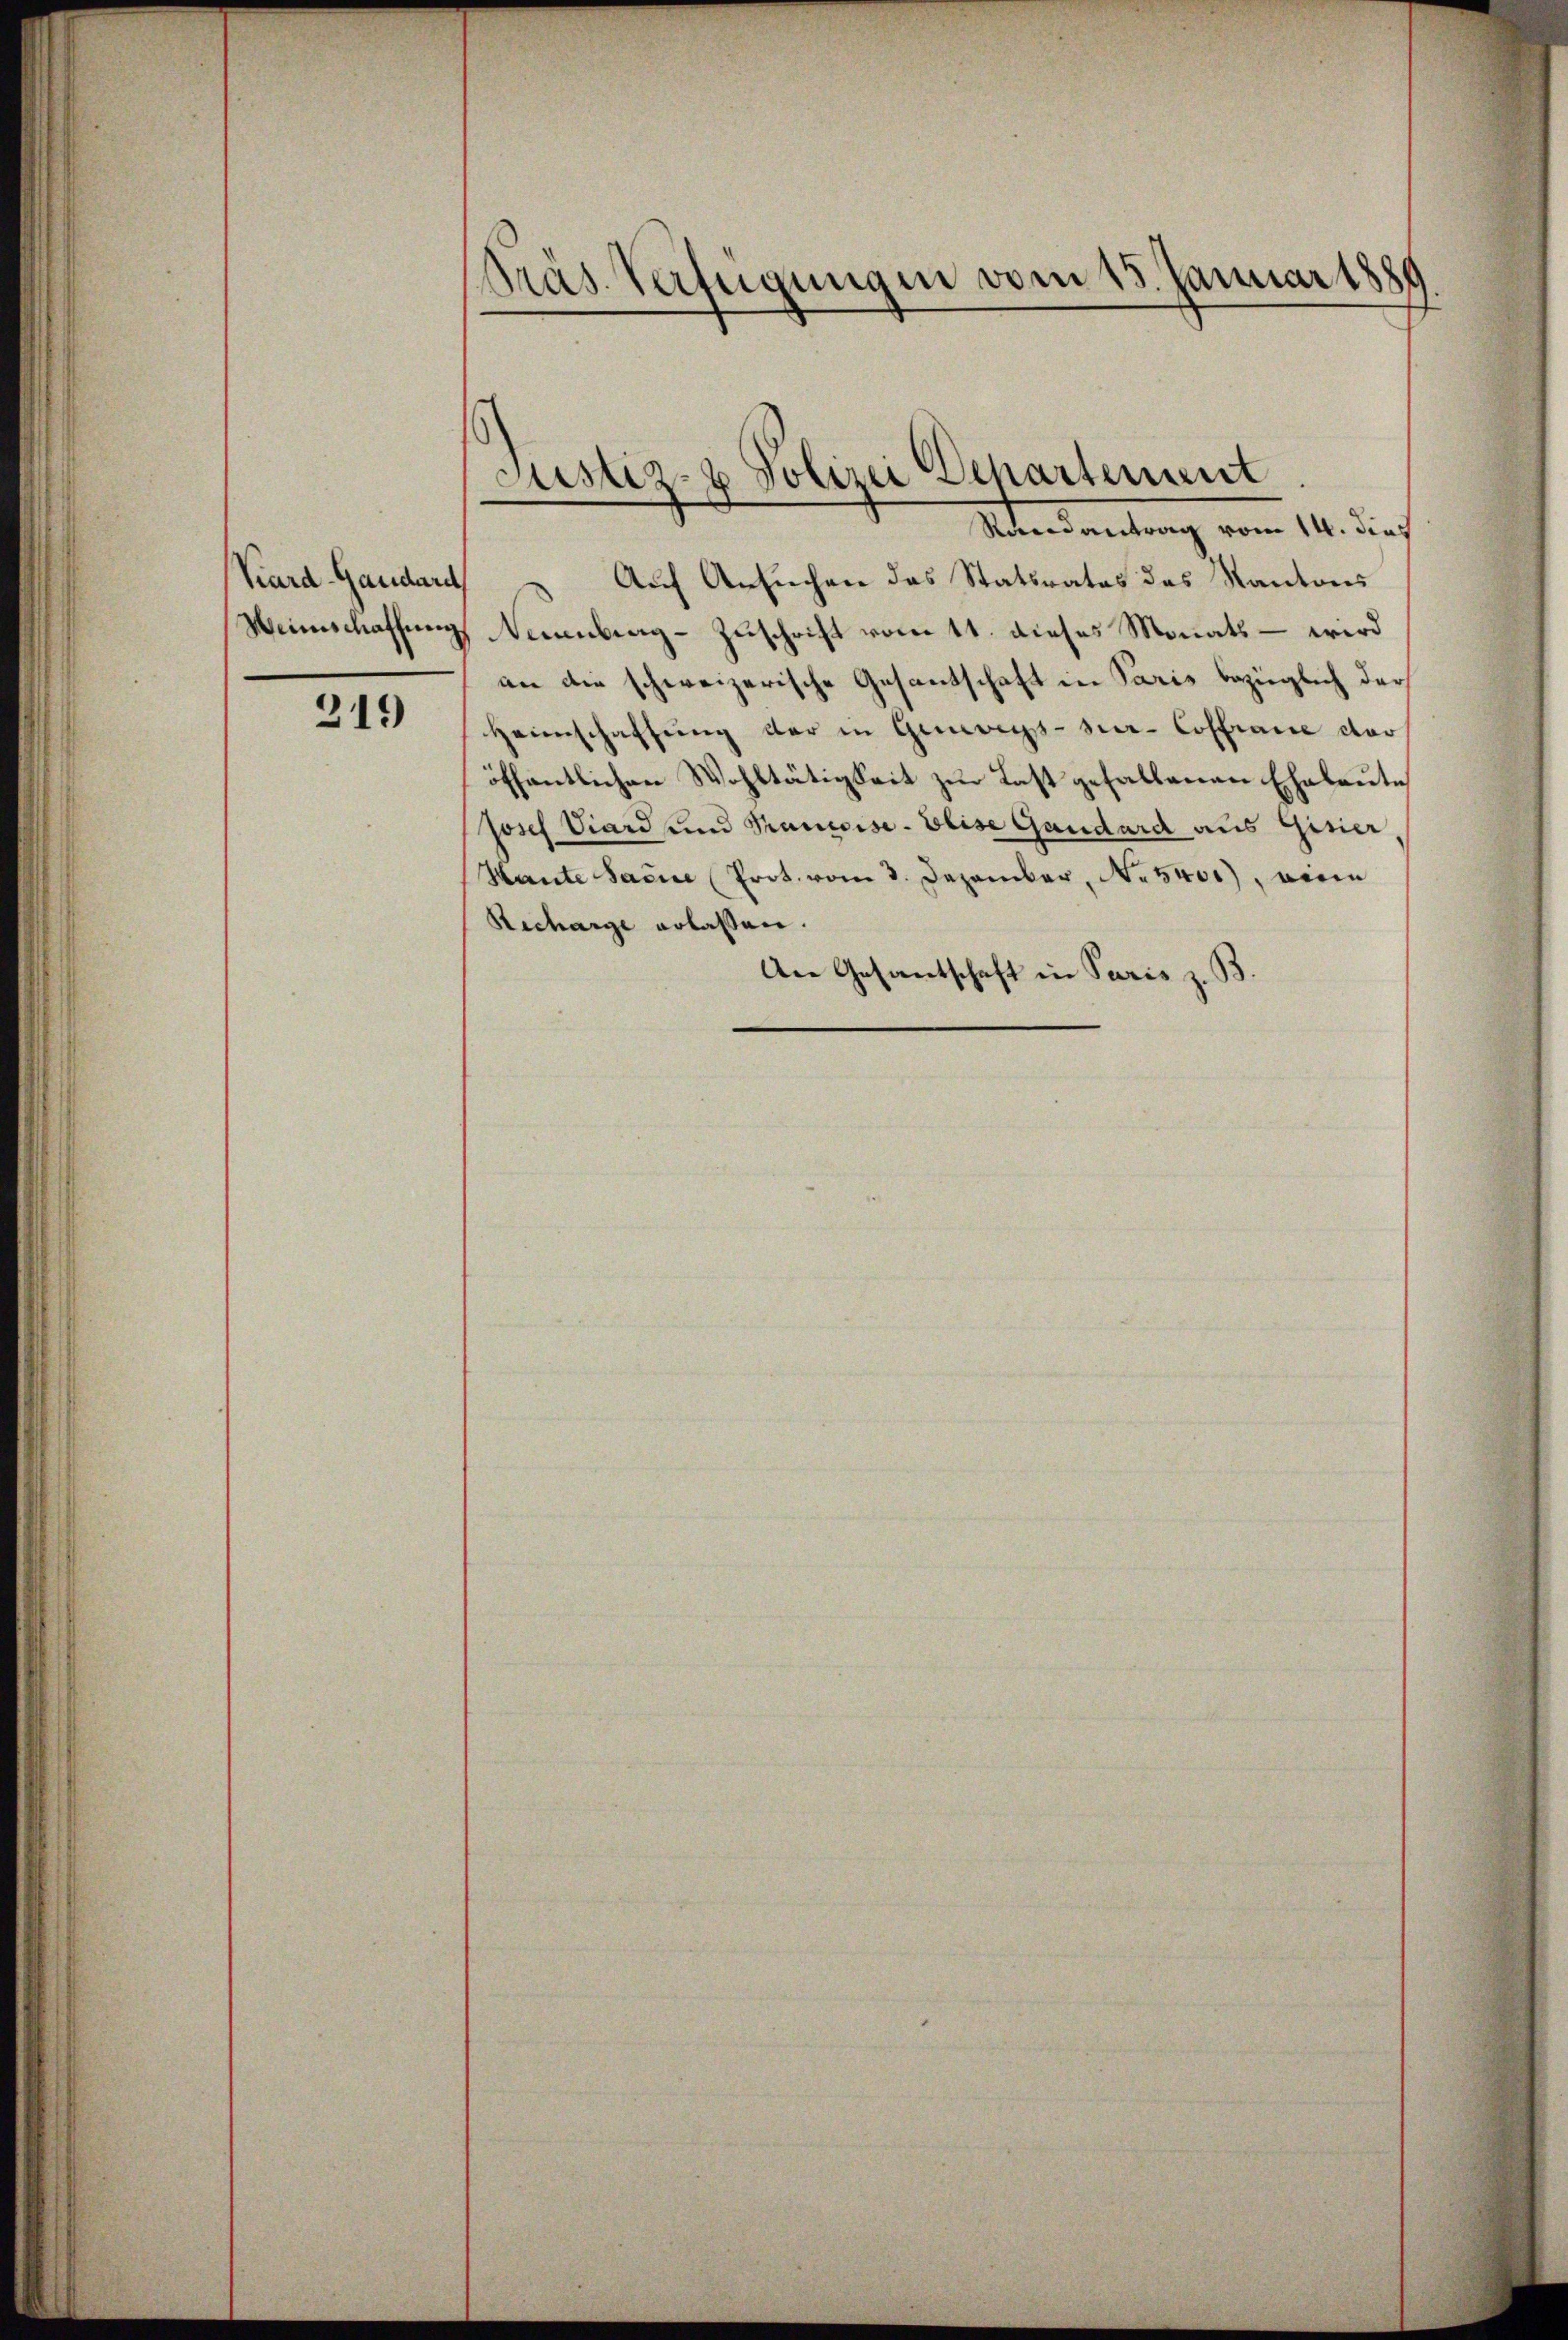
Kard-Gaudard
Weinschaffung

319

Präs. Verfügungen vom 15. Januar 1889

Justiz- & Polizei Departement

Mandantung vom 14. dies
Auf Ansuchen das Statsrates des Kantons
Naumburg - Zuschrift vom 11. dieses Monats – wird
an die schweizerische Gesantschaft in Paris bezüglich der
Heimschaffŭng der in Genevegs-sur-Coffrance dor
öffentlichen Wohltätigkeit zur Last gefallenen Eheleute
Josef Viard und Pancoise. Elise Gaudard aus Gisier
Hante Sacice Prot. vom 3. Dezember, N. 5400), eine
Recharge erlassen.
An Gesantschaft in Paris z. B.